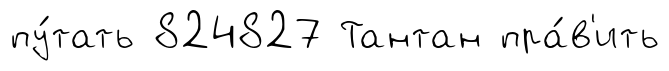
пу́тать 824827 Тантан пра́в'ить